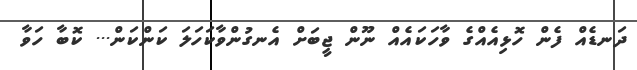
ދަނޑެއް ފެން ހޮޅިއެއްގެ ވާހަކައެއް ނޫން ޖީބަށް އެނގުންވާކަހަލަ ކަންކަން... ކޮބާ ހަވާ